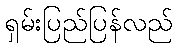
ရှမ်းပြည်ပြန်လည်